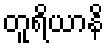
တူရိယာနိ